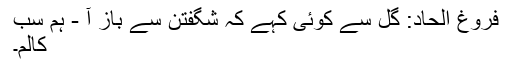
فروغِ الحاد: گل سے کوئی کہے کہ شگفتن سے باز آ - ہم سب
کالم۔